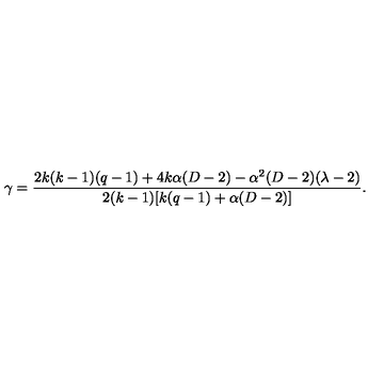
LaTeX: \gamma = \frac { 2 k ( k - 1 ) ( q - 1 ) + 4 k \alpha ( D - 2 ) - \alpha ^ { 2 } ( D - 2 ) ( \lambda - 2 ) } { 2 ( k - 1 ) [ k ( q - 1 ) + \alpha ( D - 2 ) ] } .